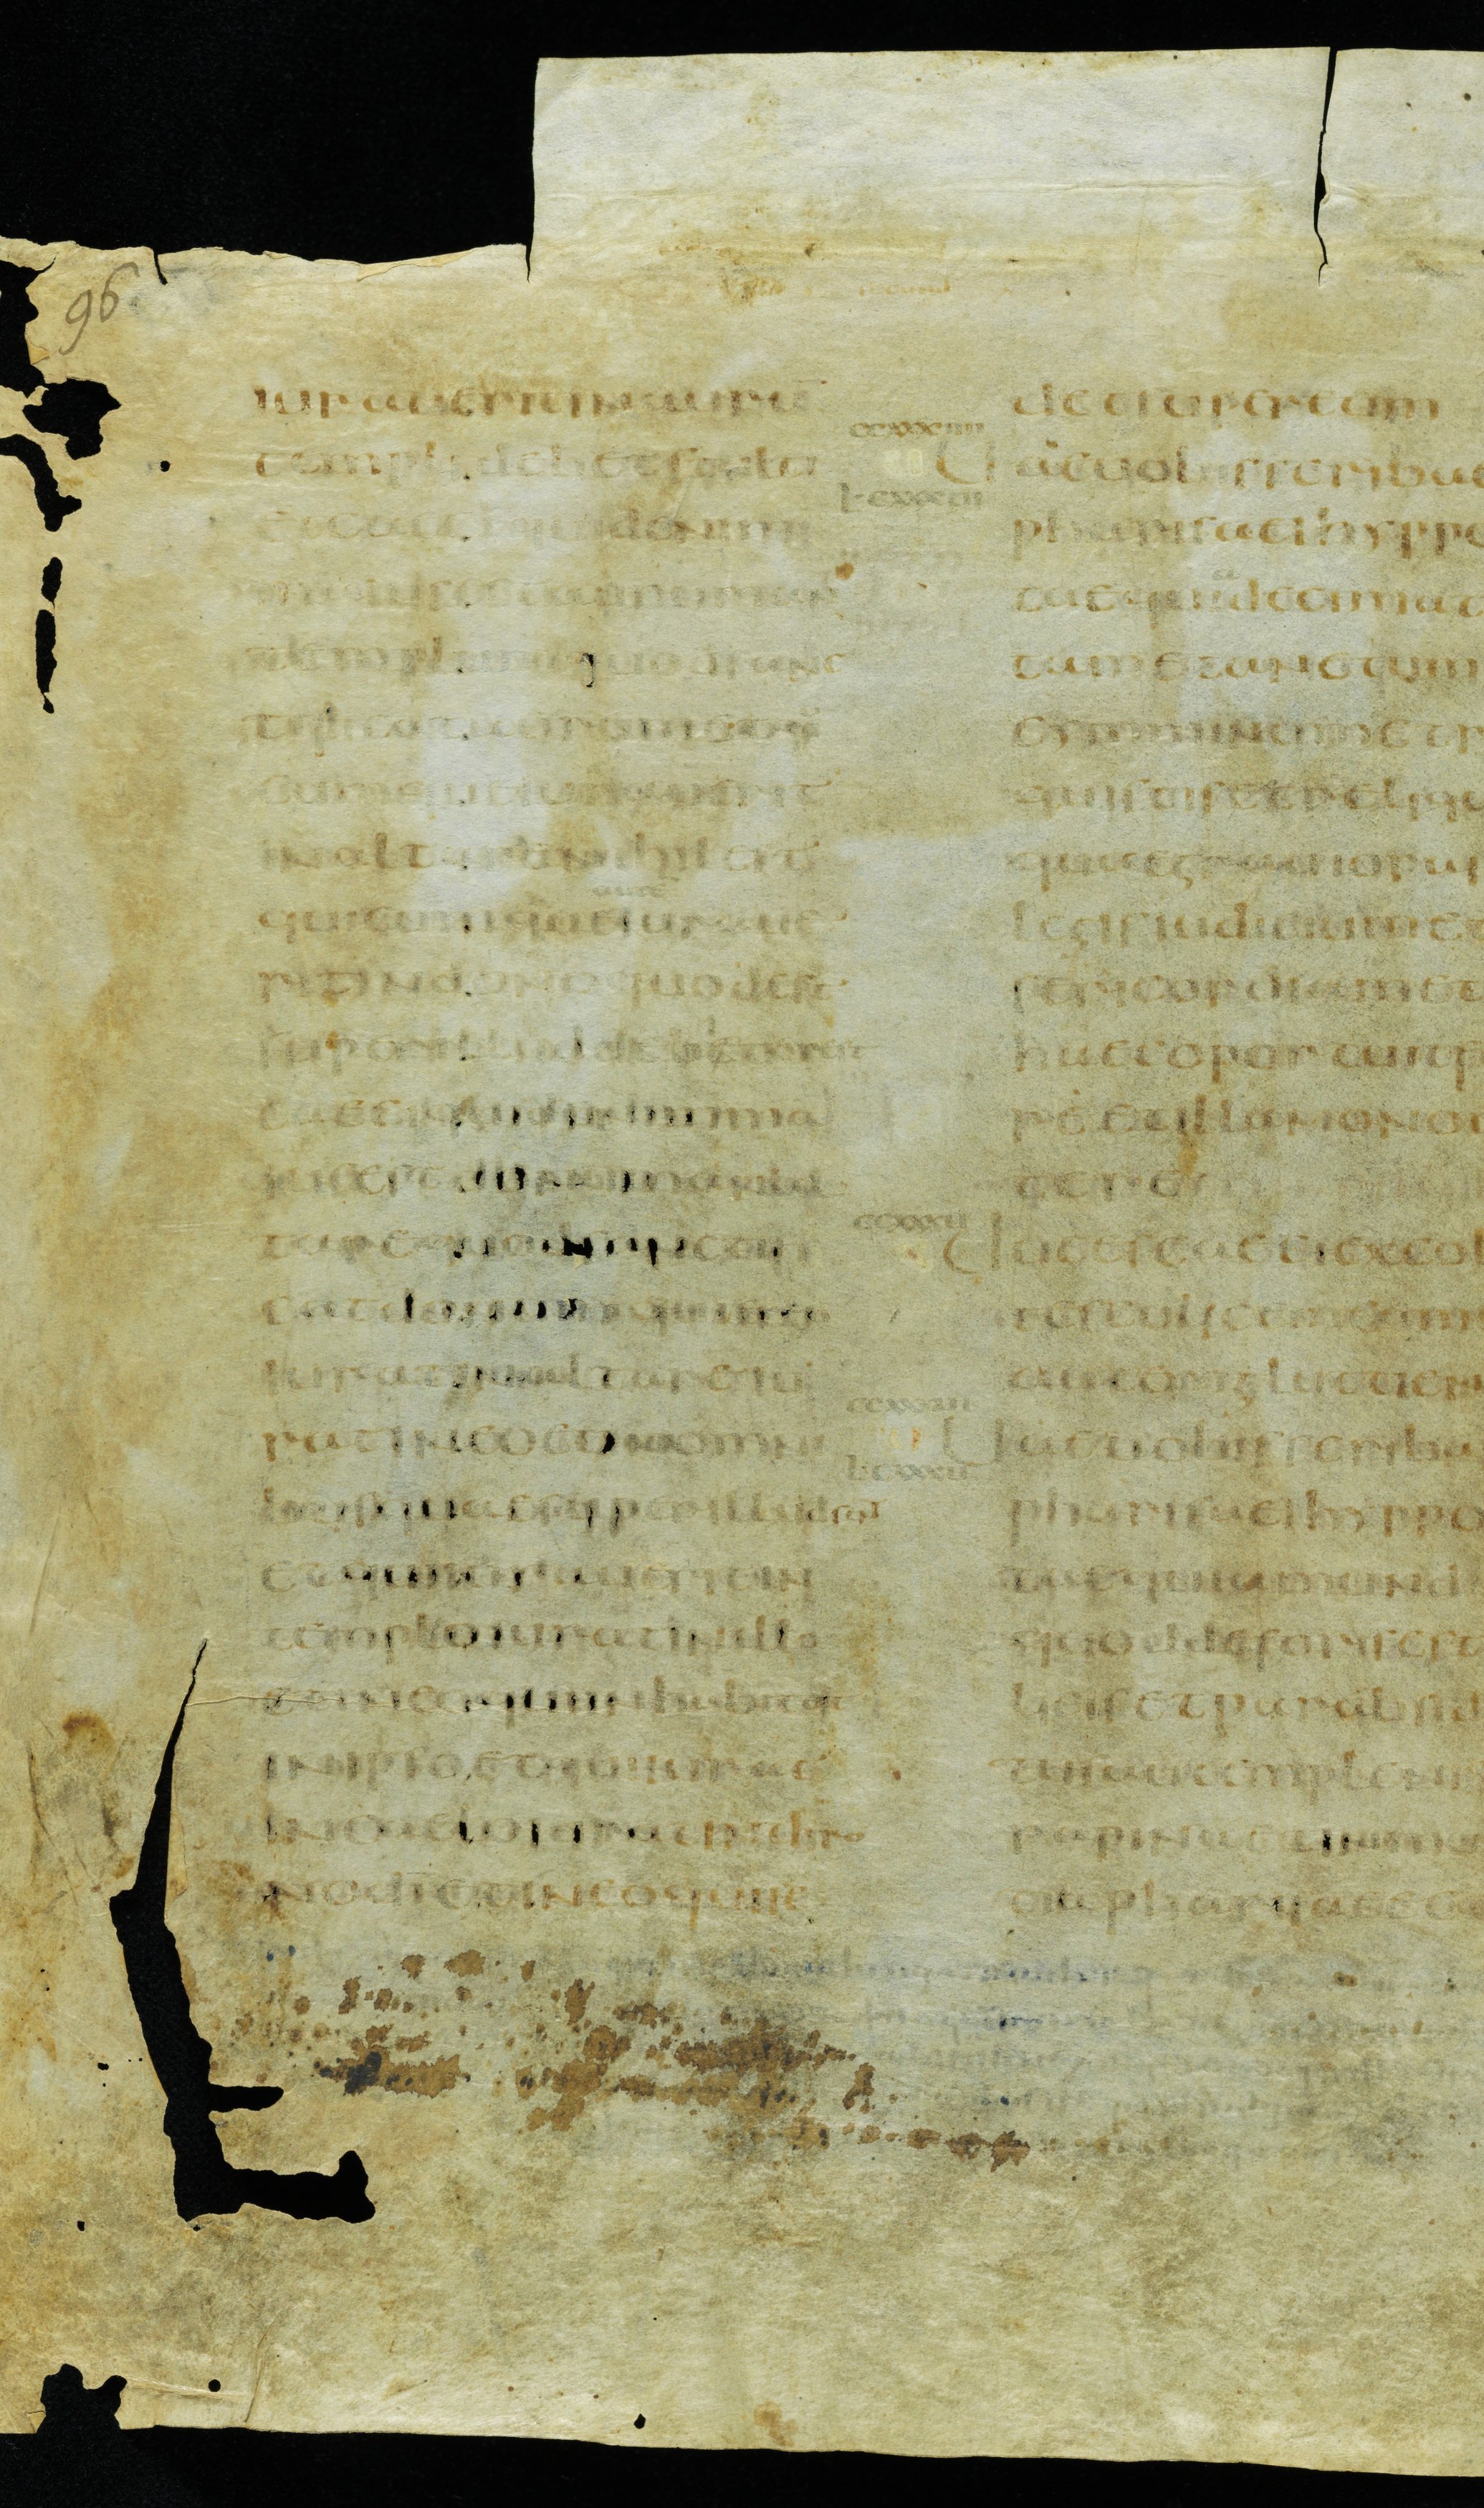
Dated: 900–999